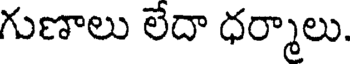
గుణాలు లేదా ధర్మాలు.